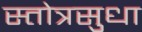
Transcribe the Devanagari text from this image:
स्तोत्रसुधा